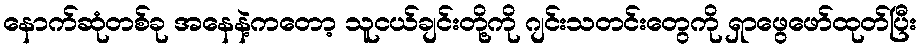
နောက်ဆုံတစ်ခု အနေနဲ့ကတော့ သူငယ်ချင်းတို့ကို ဂျင်းသတင်းတွေကို ရှာဖွေဖော်ထုတ်ပြီး